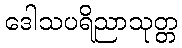
ဒေါသပရိညာသုတ္တ